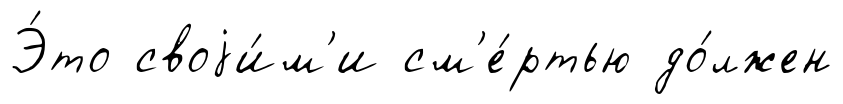
Э́то своjи́м'и см'е́ртью до́лжен